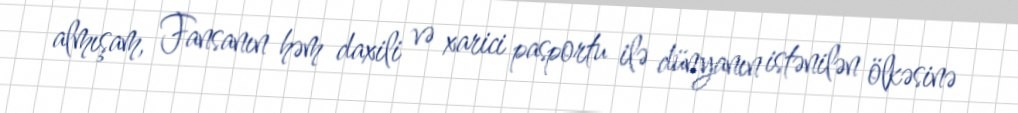
almışam, Fansanın həm daxili və xarici pasportu ilə dünyanın istənilən ölkəsinə